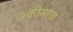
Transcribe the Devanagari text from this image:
स्कीमाज़